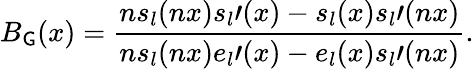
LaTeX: B_{\mathsf{G}}(x)=\frac{{ns_{l}(nx)s_{l}\prime(x)-s_{l}(x)s_{l}\prime(nx)}}{{ns_{l}(nx)e_{l}\prime(x)-e_{l}(x)s_{l}\prime(nx)}}.